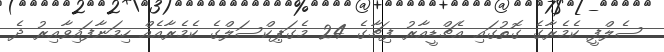
ސެލްފީ ކެމެރާގެ ގޮތުގައި އެޗްޑީއާރު ފިޗާގެ 24 މެގަޕިކްސަލްގެ ކެމެރާއެއް ހިމަނާފައިވާއިރު ދެ